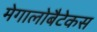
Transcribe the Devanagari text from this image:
मेगालोबैटेकस